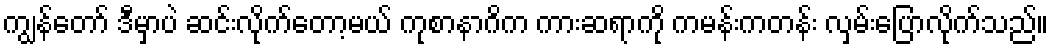
ကျွန်တော် ဒီမှာပဲ ဆင်းလိုက်တော့မယ် ကုစာနာဂိက ကားဆရာကို ကမန်းကတန်း လှမ်းပြောလိုက်သည်။